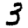
Digit: 3